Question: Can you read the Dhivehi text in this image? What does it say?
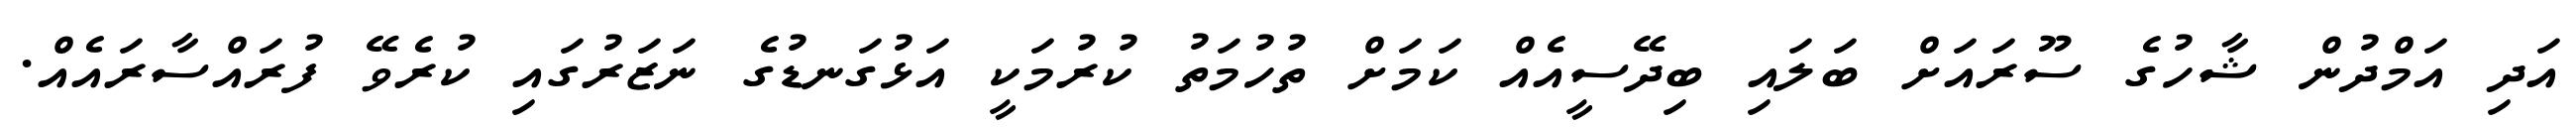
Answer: އަދި އަމްދުން ޝާހުގެ ސޫރައަށް ބަލައި ބިދޭސީއެއް ކަމަށް ތުހުމަތު ކުރުމަކީ އަޅުގަނޑުގެ ނަޒަރުގައި ކުރެވޭ ފުރައްސާރައެއް.